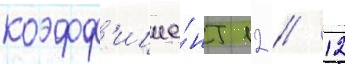
коэфф'ицие́нт 12 // 12